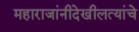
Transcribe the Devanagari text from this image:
महाराजांनीदेखीलत्यांचे